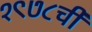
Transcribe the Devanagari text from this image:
१९७८ची